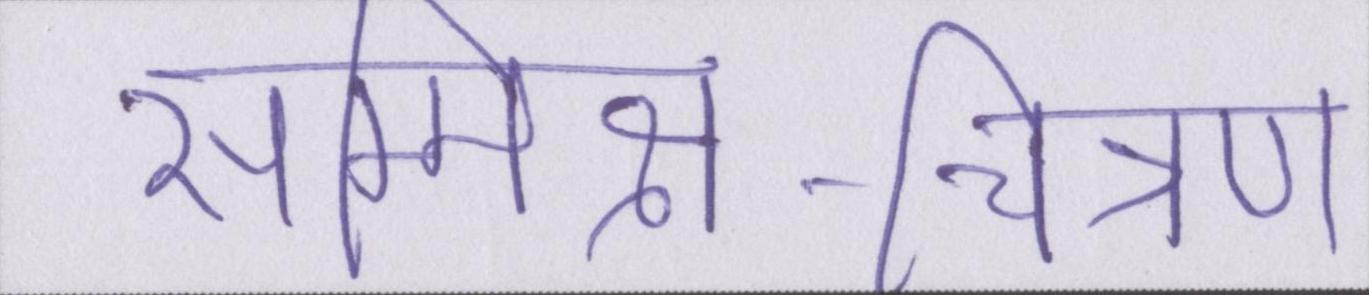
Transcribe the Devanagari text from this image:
सम्मिश्र-चित्रण